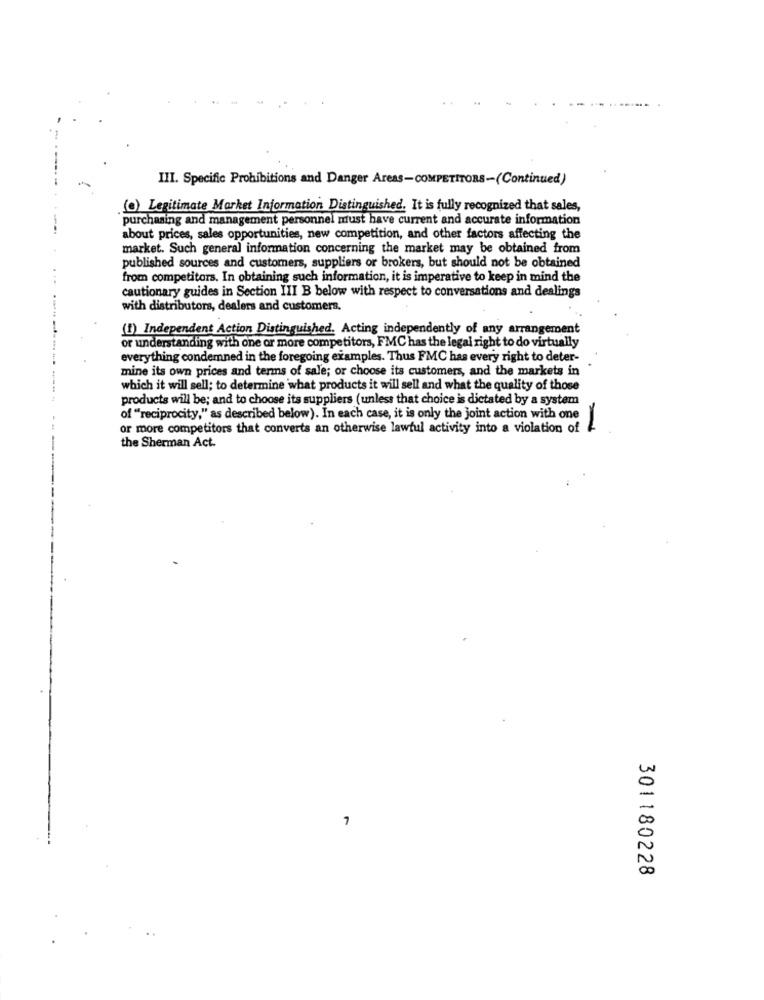
III. Specific Prohibitions and Danger Areas-COMPETITORS-(Continued)
() Legitimate Market Information Distinguished. It is fully recognized that sales,
purchasing and management personnel must have current and accurate information
about prices, sales opportunities, new competition, and other factors affecting the
market. Such general information concerning the market may be obtained from
published sources and customers, suppliers or brokers, but should not be obtained
from competitors. In obtaining such information, it is imperative to keep in mind the
cautionary guides in Section III B below with respect to conversations and dealings
with distributors, dealers and customers,
(!) Independent Action Distinguished. Acting independently of any arrangement
or understanding with one or more competitors, FMC has the legal right to do virtually
everything condemned in the foregoing examples. Thus FMC has every right to deter-
mine its own prices and terms of sale; or choose its customers, and the markets in
which it will sell; to determine what products it will sell and what the quality of those
products will be; and to choose its suppliers (unless that choice is dictated by a system
of "reciprocity," as described below). In each case, it is only the joint action with one
or more competitors that converts an otherwise lawful activity into a violation of
the Sherman Act.
7
301180228